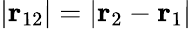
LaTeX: |\mathbf{r}_{12}|=|\mathbf{r}_{2}-\mathbf{r}_{1}|\,